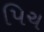
પિચ